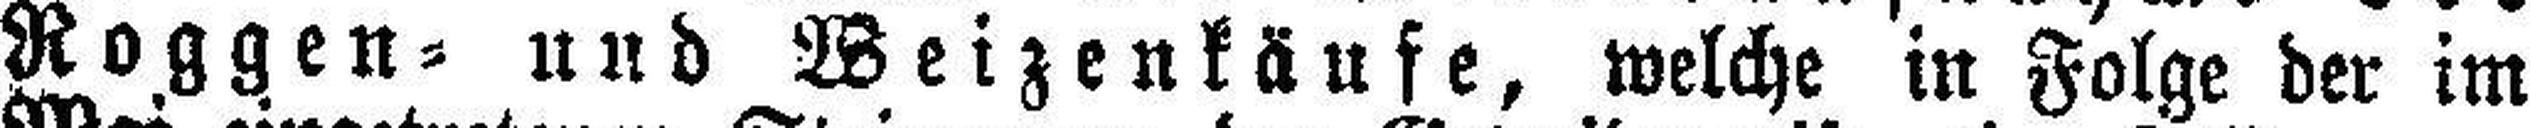
Roggen= und Weizenkäufe, welche in Folge der im